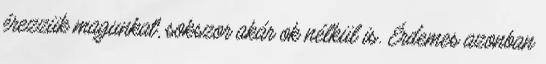
érezzük magunkat, sokszor akár ok nélkül is. Érdemes azonban